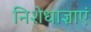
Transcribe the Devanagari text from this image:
निशेधाज्ञाएं